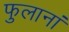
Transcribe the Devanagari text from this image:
फुलानां